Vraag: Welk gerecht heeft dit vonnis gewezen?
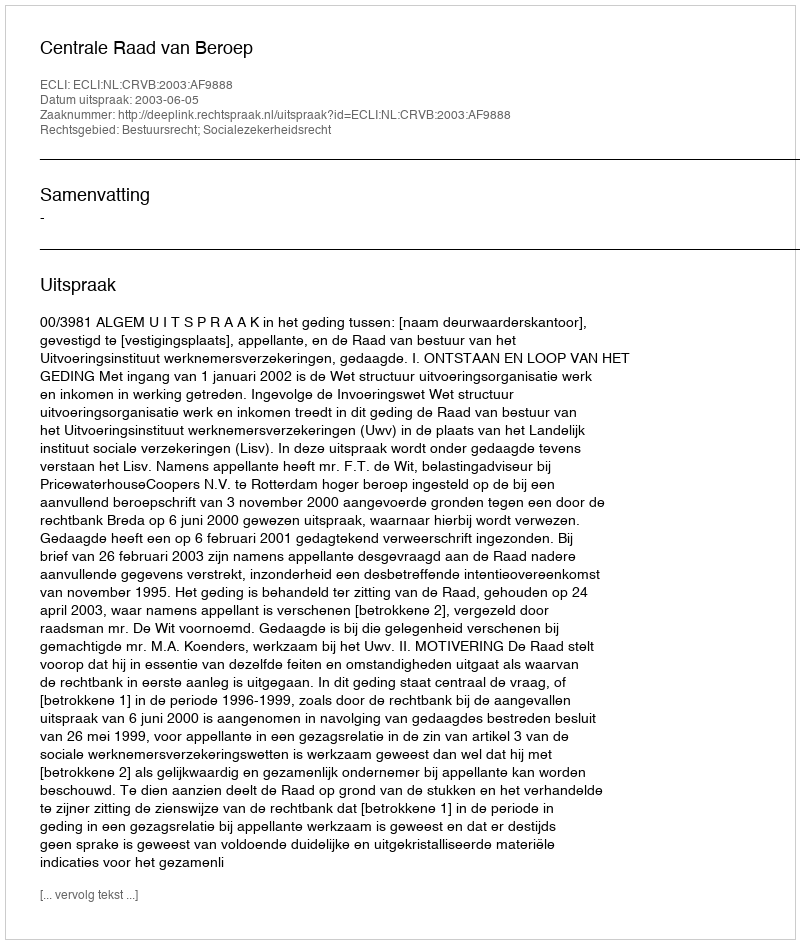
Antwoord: Centrale Raad van Beroep